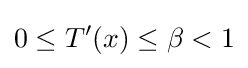
0\leq T'(x)\leq \beta <1